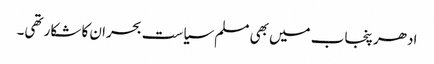
ادھر پنجاب میں بھی مسلم سیاست بحران کا شکار تھی۔